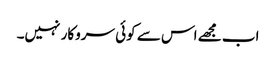
اب مجھے اس سے کوئی سروکار نہیں۔